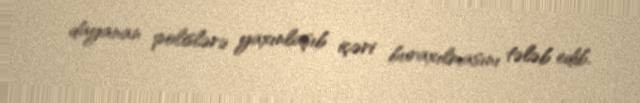
dayanan polislərə yaxınlaşıb içəri buraxılmasını tələb edib.